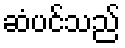
ဆံပင်သည်